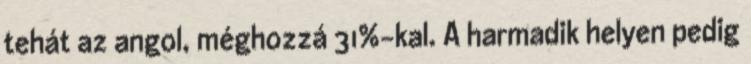
tehát az angol, méghozzá 31%-kal. A harmadik helyen pedig